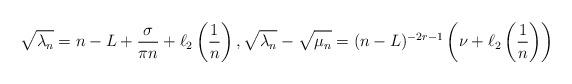
LaTeX: \begin{align*} \sqrt{\lambda_n} = n - L + \frac{\sigma}{\pi n} + \ell_2 \left( \frac{1}{n} \right), \sqrt{\lambda_n} - \sqrt{\vphantom{\lambda_n} \mu_n} = (n - L)^{-2 r - 1} \left( \nu + \ell_2 \left( \frac{1}{n} \right) \right)\end{align*}